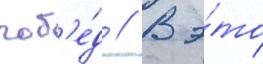
поб'е́д // В э́то